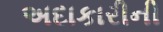
અદાકારીની